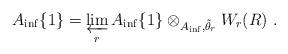
LaTeX: \begin{align*}A_{\inf}\{1\} = \varprojlim_r A_{\inf}\{1\}\otimes_{A_{\inf},\tilde\theta_r} W_r(R)\ .\end{align*}